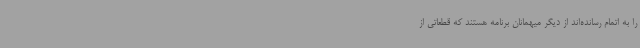
را به اتمام رسانده‌اند از دیگر میهمانان برنامه هستند که قطعاتی از